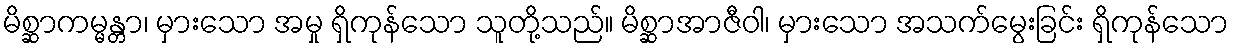
မိစ္ဆာကမ္မန္တာ၊ မှားသော အမှု ရှိကုန်သော သူတို့သည်။ မိစ္ဆာအာဇီဝါ၊ မှားသော အသက်မွေးခြင်း ရှိကုန်သော